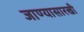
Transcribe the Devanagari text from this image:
जाण्यासारखी